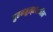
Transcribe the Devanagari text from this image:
तुहफतुल्एराकीन